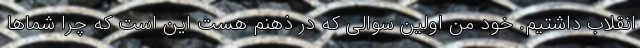
انقلاب داشتیم. خود من اولین سوالی که در ذهنم هست این است که چرا شماها